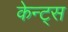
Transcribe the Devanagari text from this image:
केन्ट्स